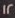
12